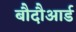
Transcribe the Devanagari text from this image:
बौदौआर्ड